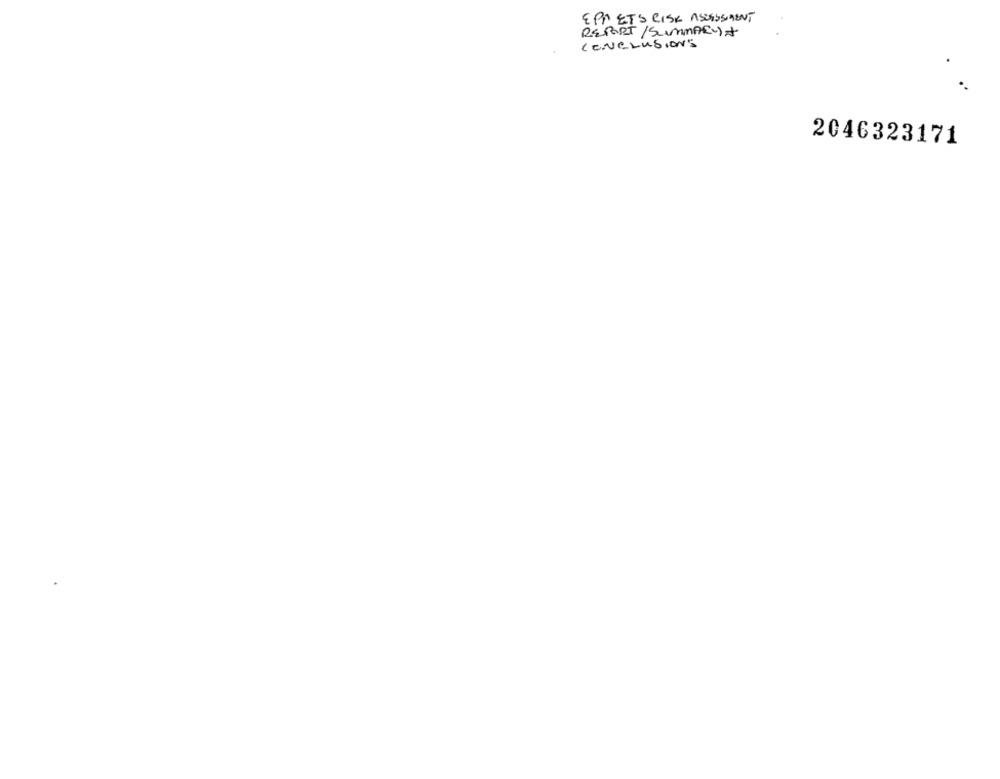
EPA ETS RISK ASSESSMENT
REPORT/SUMMARY +
CONCLUSIONS
2046323171